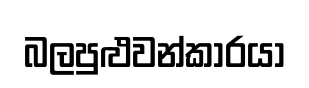
බලපුළුවන්කාරයා